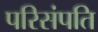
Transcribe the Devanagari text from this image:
परिसंपति